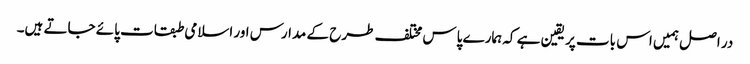
در اصل ہمیں اس بات پر یقین ہے کہ ہمارے پاس مختلف طرح کے مدارس اور اسلامی طبقات پائے جاتے ہیں۔